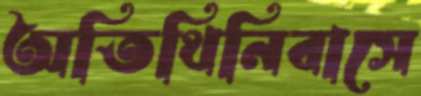
অতিথিনিবাসে